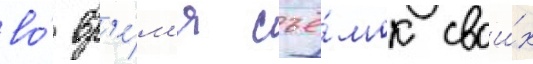
во́ вр'е́м'я съё́мок свои́х